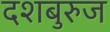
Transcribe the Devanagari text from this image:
दशबुरुज